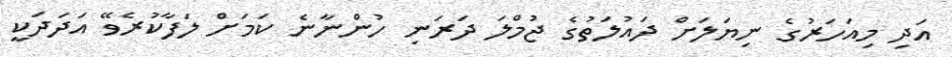
އަދި މިއަހަރުގެ ނިޔަލަށް ދައުލަތުގެ ޖުމްލަ ދަރަނި ހުންނާނެ ކަމަށް ލަފާކުރެވޭ އަދަދަކީ